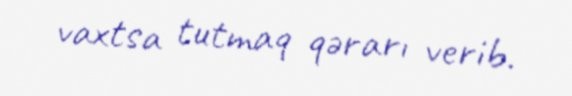
vaxtsa tutmaq qərarı verib.